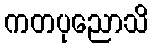
ကတပုညောသိ